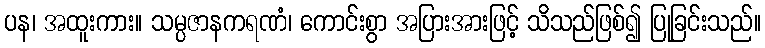
ပန၊ အထူးကား။ သမ္ပဇာနကရဏံ၊ ကောင်းစွာ အပြားအားဖြင့် သိသည်ဖြစ်၍ ပြုခြင်းသည်။